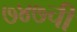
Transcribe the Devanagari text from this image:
७४७ची